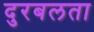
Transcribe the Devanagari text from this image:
दुरबलता